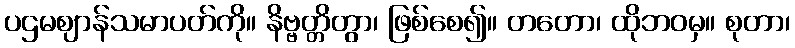
ပဌမဈာန်သမာပတ်ကို။ နိဗ္ဗတ္တိတွာ၊ ဖြစ်စေ၍။ တတော၊ ထိုဘဝမှ။ စုတာ၊